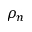
\rho _ { n }